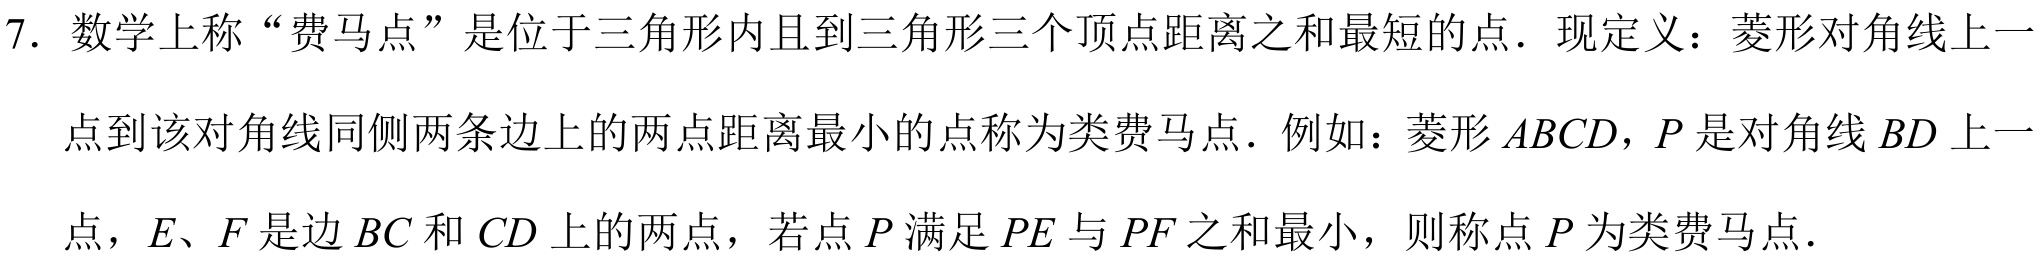
7. 数学上称“费马点”是位于三角形内且到三角形三个顶点距离之和最短的点．现定义：菱形对角线上一点到该对角线同侧两条边上的两点距离最小的点称为类费马点．例如：菱形\(ABCD\)，\(P\)是对角线\(BD\)上一点，\(E、F\)是边\(BC\)和\(CD\)上的两点，若点\(P\)满足\(PE\)与\(PF\)之和最小，则称点\(P\)为类费马点．